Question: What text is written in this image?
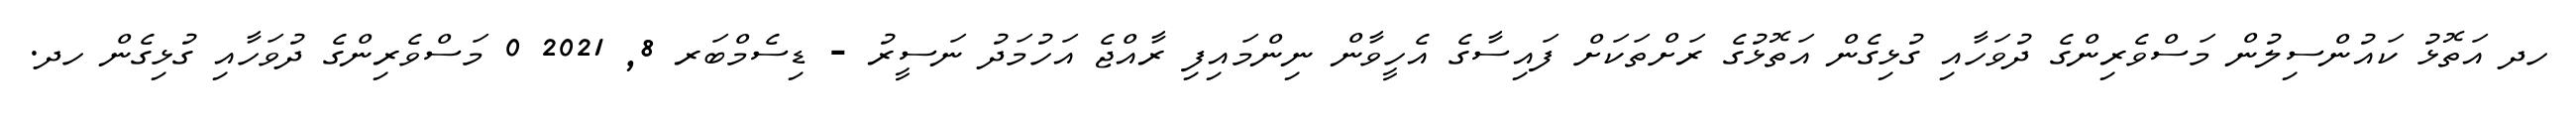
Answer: ހދ އަތޮޅު ކައުންސިލުން މަސްވެރިންގެ ދުވަހާއި ގުޅިގެން އަތޮޅުގެ ރަށްތަކަށް ފައިސާގެ އެހީވާން ނިންމައިފި ރާއްޖެ އަހުމަދު ނަސީރު - ޑިސެމްބަރ 8, 2021 0 މަސްވެރިންގެ ދުވަހާއި ގުޅިގެން ހދ.